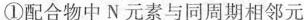
①配合物中N元素与同周期相邻元